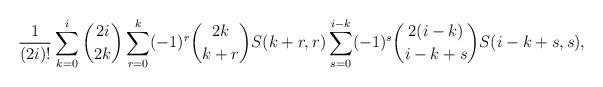
LaTeX: \begin{align*}\frac{1}{(2i)!} \sum_{k=0}^i \binom{2i}{2k} \sum_{r=0}^k (-1)^r \binom{2k}{k+r} S(k+r,r) \sum_{s=0}^{i-k} (-1)^s \binom{2(i-k)}{i-k+s} S(i-k+s,s) ,\end{align*}